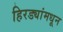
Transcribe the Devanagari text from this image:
हिरड्यांमधून